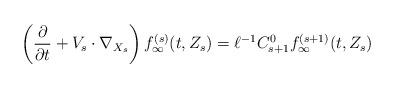
LaTeX: \begin{align*}\left(\frac{\partial}{\partial t} + V_s\cdot \nabla_{X_s}\right)f_\infty^{(s)} (t,Z_s) = \ell^{-1} C_{s+1}^0 f_\infty^{(s+1)} (t,Z_s)\end{align*}